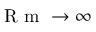
\mathrm { ~ R ~ m ~ } \to \infty